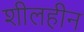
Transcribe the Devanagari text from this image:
शीलहीन